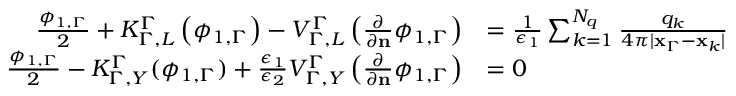
\begin{array} { r l } { \frac { \phi _ { 1 , \Gamma } } { 2 } + K _ { \Gamma , L } ^ { \Gamma } \left( \phi _ { 1 , \Gamma } \right) - V _ { \Gamma , L } ^ { \Gamma } \left( \frac { \partial } { \partial \mathbf { n } } \phi _ { 1 , \Gamma } \right) } & { = \frac { 1 } { \epsilon _ { 1 } } \sum _ { k = 1 } ^ { N _ { q } } \frac { q _ { k } } { 4 \pi | \mathbf { x } _ { \Gamma } - \mathbf { x } _ { k } | } } \\ { \frac { \phi _ { 1 , \Gamma } } { 2 } - K _ { \Gamma , Y } ^ { \Gamma } ( \phi _ { 1 , \Gamma } ) + \frac { \epsilon _ { 1 } } { \epsilon _ { 2 } } V _ { \Gamma , Y } ^ { \Gamma } \left( \frac { \partial } { \partial \mathbf { n } } \phi _ { 1 , \Gamma } \right) } & { = 0 } \end{array}